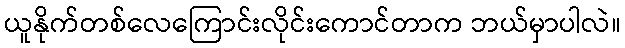
ယူနိုက်တစ်လေကြောင်းလိုင်းကောင်တာက ဘယ်မှာပါလဲ။